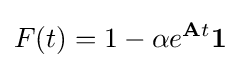
F(t)=1-\alpha e^{{\textbf {A}}t}{\textbf {1}}